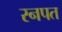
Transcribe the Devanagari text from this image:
रनपत